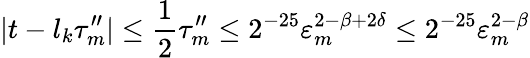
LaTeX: |t-l_{k}\tau_{m}^{\prime\prime}|\leq\frac 12\tau_{m}^{\prime\prime}\leq 2^{-25}\varepsilon_{m}^{2-\beta+2\delta}\leq 2^{-25}\varepsilon_{m}^{2-\beta}